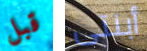
قبل أبنتى